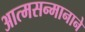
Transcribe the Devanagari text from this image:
आत्मसन्मानाने